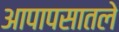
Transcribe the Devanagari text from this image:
आपापसातले